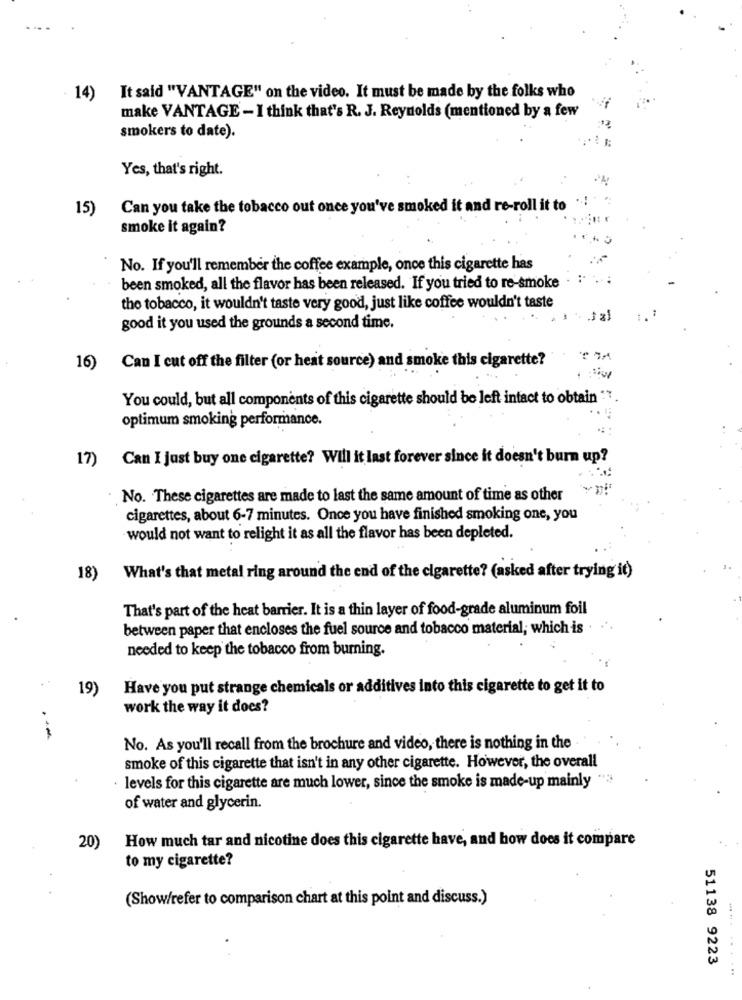
14)
It said "VANTAGE" on the video. It must be made by the folks who
make VANTAGE - I think that's R. J. Reynolds (mentioned by a few
smokers to date).
Yes, that's right.
15)
Can you take the tobacco out once you've smoked it and re-roll it to
smoke it again?
No. If you'll remember the coffee example, once this cigarette has
been smoked, all the flavor has been released. If you tried to re-smoke
the tobacco, it wouldn't taste very good, just like coffee wouldn't taste
good it you used the grounds a second time.
Can I cut off the filter (or heat source) and smoke this cigarette?
16)
You could, but all components of this cigarette should be left intact to obtain ""
optimum smoking performance.
Can I just buy one cigarette? Will it last forever since it doesn't burn up?
17)
No. These cigarettes are made to last the same amount of time as other
cigarettes, about 6-7 minutes. Once you have finished smoking one, you
would not want to relight it as all the flavor has been depleted.
18)
What's that metal ring around the end of the cigarette? (asked after trying it)
That's part of the heat barrier. It is a thin layer of food-grade aluminum foil
between paper that encloses the fuel source and tobacco material; which is
needed to keep the tobacco from burning.
19)
Have you put strange chemicals or additives into this cigarette to get it to
work the way it does?
No. As you'll recall from the brochure and video, there is nothing in the
smoke of this cigarette that isn't in any other cigarette. However, the overall
levels for this cigarette are much lower, since the smoke is made-up mainly "".
of water and glycerin.
How much tar and nicotine does this cigarette have, and how does it compare
20)
to my cigarette?
(Show/refer to comparison chart at this point and discuss.)
51138 9223
. ..